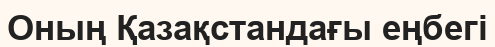
Оның Қазақстандағы еңбегі